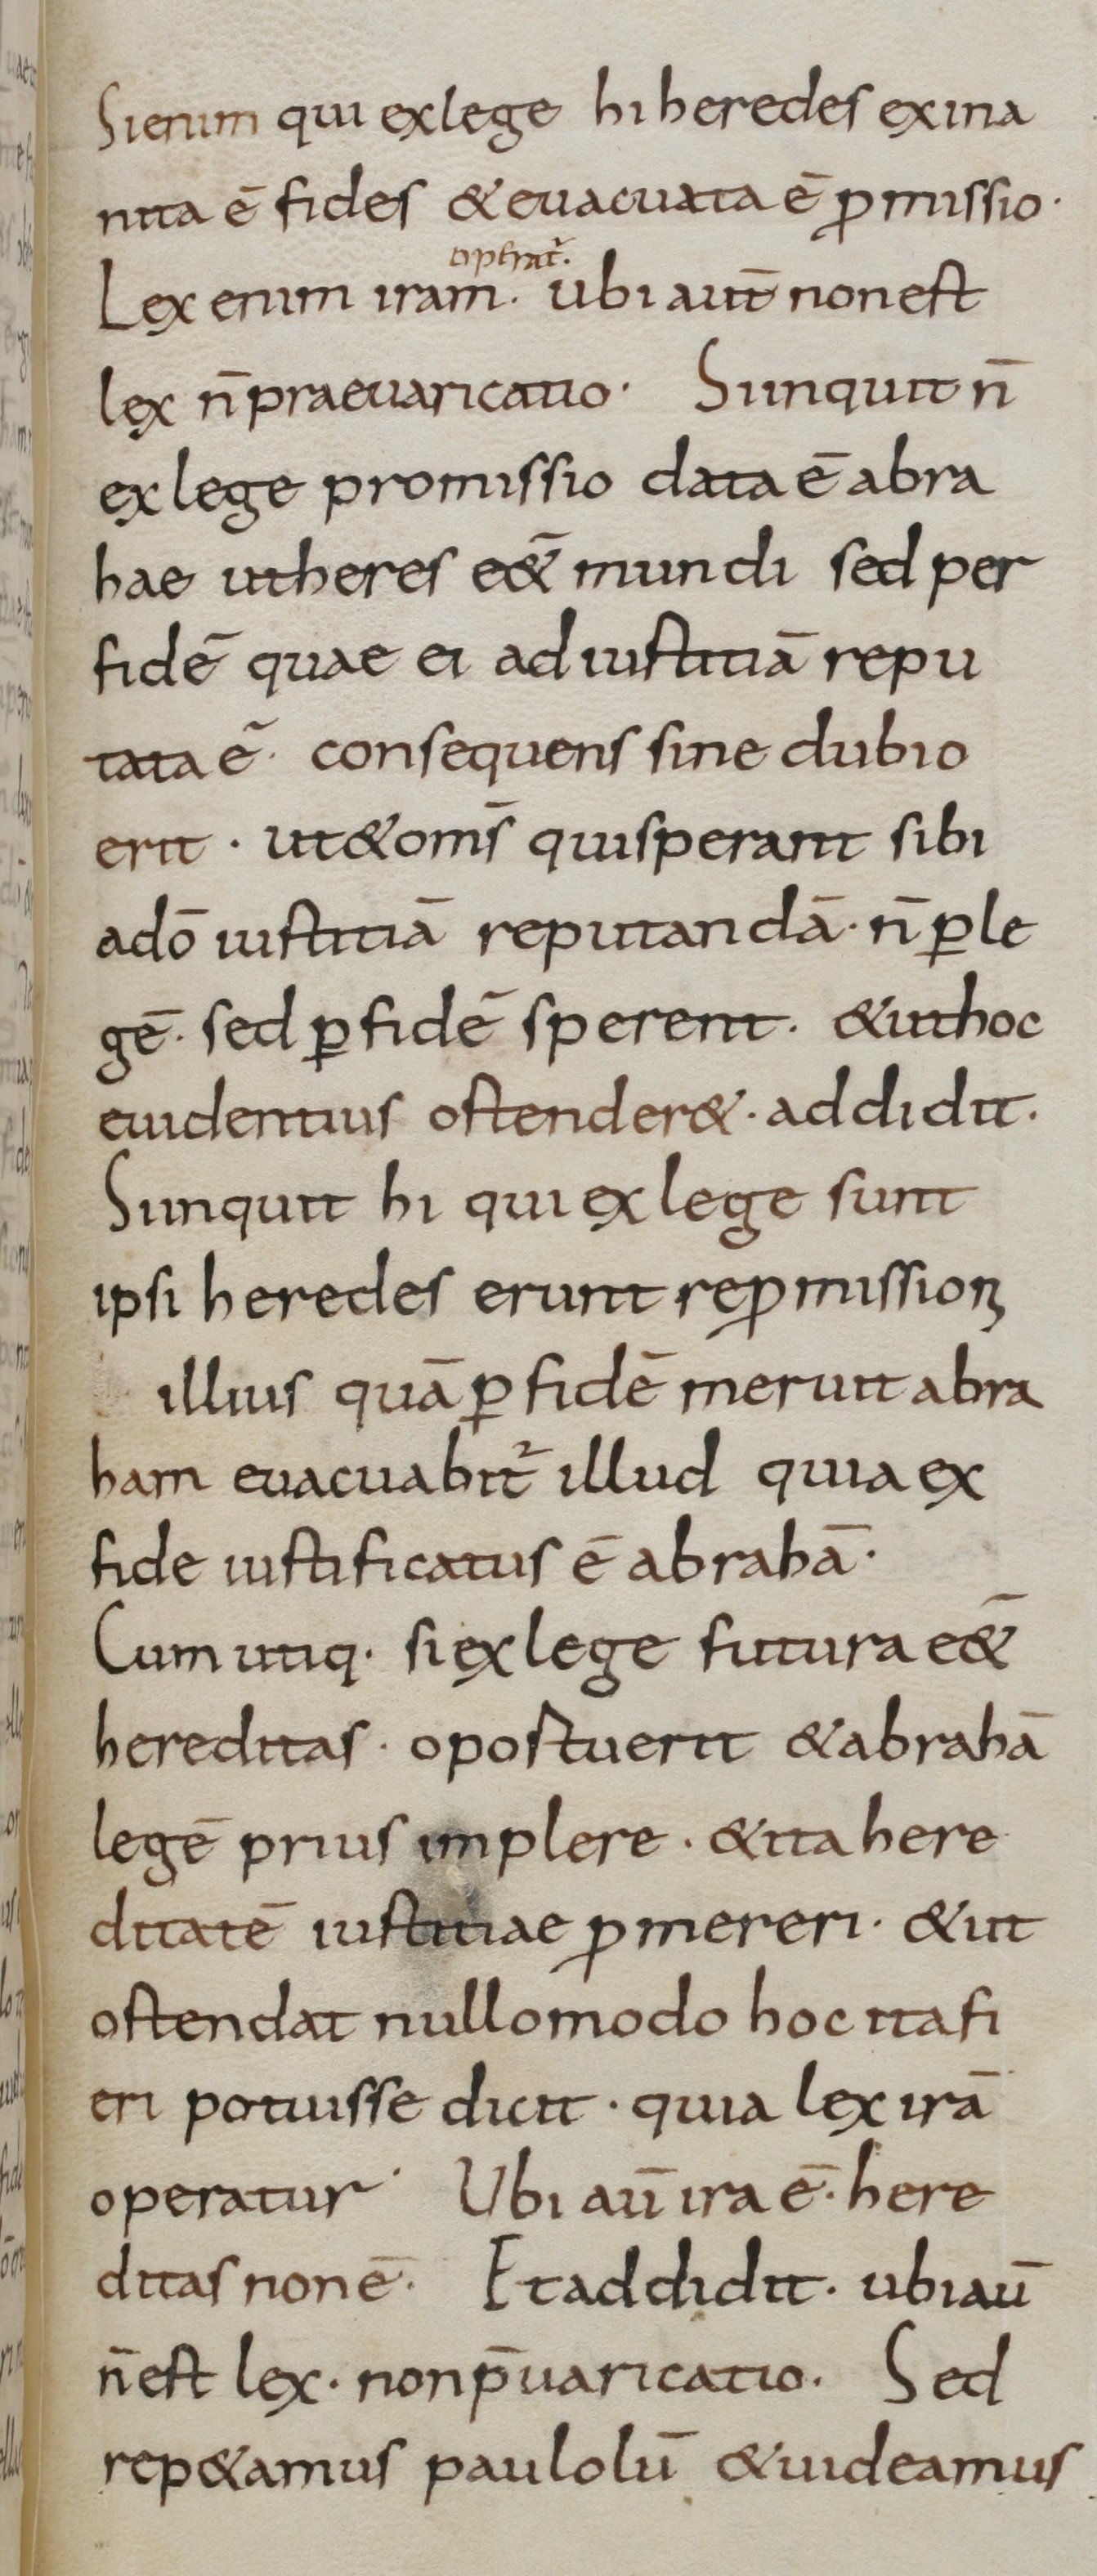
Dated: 800–899